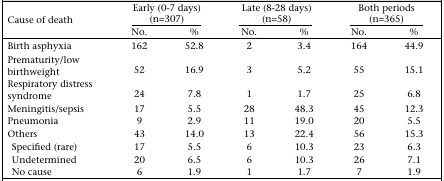
| <ROWSPAN=2> Cause of death | <COLSPAN=2> Early (0-7 days) (n=307) | <COLSPAN=2> Late (8-28 days) (n=58) | <COLSPAN=2> Both periods (n=365) |
 | No. | % | No. | % | No. | % |
 | --- | --- | --- | --- | --- | --- | --- |
 | Birth asphyxia | 162 | 52.8 | 2 | 3.4 | 164 | 44.9 |
 | Prematurity/low birthweight | 52 | 16.9 | 3 | 5.2 | 55 | 15.1 |
 | Respiratory distress syndrome | 24 | 7.8 | 1 | 1.7 | 25 | 6.8 |
 | Meningitis/sepsis | 17 | 5.5 | 28 | 48.3 | 45 | 12.3 |
 | Pneumonia | 9 | 2.9 | 11 | 19.0 | 20 | 5.5 |
 | Others | 43 | 14.0 | 13 | 22.4 | 56 | 15.3 |
 | Specified (rare) | 17 | 5.5 | 6 | 10.3 | 23 | 6.3 |
 | Undetermined | 20 | 6.5 | 6 | 10.3 | 26 | 7.1 |
 | No cause | 6 | 1.9 | 1 | 1.7 | 7 | 1.9 |